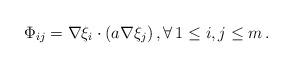
LaTeX: \begin{align*} \Phi_{ij} =\nabla \xi_{i} \cdot (a\nabla\xi_{j})\,,\forall\,1 \le i, j \le m\,. \end{align*}